Report on sanitation, dispensaries, and jails in Rajputana for 1915, and on vaccination for the year 1915-1916 - 1915-1916
Year: 1915
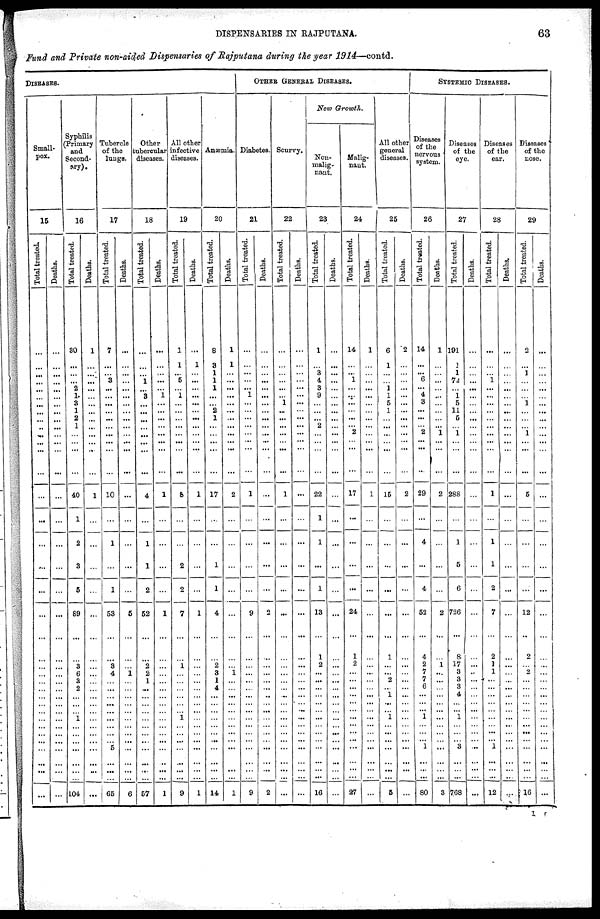
DISPENSARIES IN RAJPUTANA.
63
Fund and Private non-aided Dispensaries of Rajputana during the year 1914—contd.
DISEASES.
Small-
pox.
15
Total treated.
...
...
...
...
...
...
...
...
...
...
...
...
...
...
...
...
...
...
...
...
...
...
...
...
... ...
...
...
...
...
... ...
...
...
...
...
...
Deaths.
...
...
...
...
... ...
...
...
...
...
...
...
...
...
...
...
...
...
...
...
...
... ...
...
...
...
...
...
...
...
... ...
...
...
...
...
...
Syphilis
(Primary
and
Second-
ary).
16
Total treated.
30
...
...
...
2
1
3
1
2
1
...
...
...
40
1
2
3
5
89
...
...
3
6
3
2
...
...
...
1
...
... ...
...
...
...
...
104
Deaths.
1
...
...
...
...
...
...
...
...
...
...
...
...
1
...
...
...
...
...
...
...
...
...
...
... ...
... ...
...
...
... ...
...
...
...
...
...
Tubercle
of the
lungs.
17
Total treated.
7
...
...
3
...
...
...
...
...
...
...
...
...
10
...
1
...
1
53
...
...
3
4
...
...
...
...
...
...
...
... ...
5
...
...
...
65
Deaths.
...
...
...
... ...
...
...
...
...
...
...
...
...
...
...
...
...
...
5
...
...
... 1
...
...
...
...
...
...
...
... ...
...
...
...
...
6
Other
tubercular
diseases.
18
Total treated.
...
...
...
1
...
3
...
...
... ...
...
...
...
4
...
1
1
2
52
...
...
2
2
1
...
...
...
...
...
...
... ...
...
...
...
...
57
Deaths.
...
...
... ...
...
1
...
...
...
...
...
...
...
1
...
...
...
...
1
...
...
...
... ...
...
...
...
...
...
...
... ...
...
...
...
...
1
All other
infective
diseases.
19
Total treated.
1
1
... 5
...
1
...
...
... ...
...
...
8
...
...
2
2
7
...
...
1
...
...
...
...
...
... 1
...
... ...
...
...
...
...
9
Deaths.
...
1
... ...
...
...
...
...
...
...
...
...
...
1
...
...
...
...
1
...
...
...
...
...
...
...
... ...
...
...
... ...
...
...
...
...
1
Anæmia.
20
Total treated.
8
3
1
1
1
...
...
2
1
...
...
...
...
17
...
...
1
1
4
...
...
2
3
1
4
...
...
... ...
...
... ...
...
...
...
...
14
Deaths.
1
1
... ...
...
...
...
...
...
...
...
...
...
2
...
...
...
...
...
...
...
...
1
... ...
...
...
...
...
...
... ...
...
...
...
...
l
OTHER GENERAL DISEASES.
Diabetes.
21
Total treated.
...
...
...
...
...
1
...
...
... ...
...
... ...
1
...
...
...
...
9
...
...
...
...
...
... ...
...
...
...
...
... ...
...
...
...
...
9
Deaths.
...
...
...
...
...
...
...
...
...
...
...
... ...
...
...
...
...
...
2
...
...
...
...
...
...
...
...
...
...
...
... ...
...
...
...
...
2
Scurvy.
22
Total treated.
...
...
...
...
...
...
1
...
...
...
...
... ...
1
...
...
...
...
...
...
...
... ...
...
...
...
... ...
...
...
... ...
...
...
...
...
...
Deaths.
...
...
... ...
...
...
...
... ...
...
...
... ...
...
...
...
...
...
...
...
...
...
...
... ...
...
...
...
...
...
... ...
...
...
...
...
...
New Growth.
Non-
malig-
nant.
23
Total treated.
1
...
3
4
3
9
...
...
...
2
...
...
...
22
1
1
...
1
13
...
1
2
...
...
...
...
...
... ...
...
... ...
...
...
...
16
Deaths.
...
...
...
...
...
...
...
...
...
...
...
... ...
...
...
...
...
...
...
...
...
...
... ...
...
...
...
... ...
...
... ...
...
...
...
...
...
Malig-
nant.
24
Total treated.
14
...
...
1
...
...
...
...
...
...
2
... ...
17
...
...
...
...
24
...
1
2
...
...
...
...
...
... ...
...
... ...
...
...
...
...
27
Deaths.
1
...
... ...
... ...
...
... ...
...
...
... ...
1
...
...
...
...
...
...
...
...
...
...
... ...
...
...
...
...
... ...
...
...
...
...
...
All other
general
diseases.
25
Total treated.
6
1
...
... 1
1
5
1
...
...
...
... ...
15
...
...
...
...
...
...
1
...
...
2
...
1
...
...
1
...
... ...
...
...
...
...
5
Deaths.
2
...
...
... ...
...
...
...
...
...
...
... ...
2
...
...
...
...
...
...
...
...
... ...
...
...
...
...
...
...
... ...
...
...
...
...
...
SYSTEMIC DISEASES.
Diseases
of the
nervous
system.
26
Total treated.
14
...
...
6
...
4
3
...
...
...
2
... ...
29
...
4
...
4
52
...
4
2
7
7
6
...
...
...
1
...
... ...
...
...
...
...
80
Deaths.
1
...
...
...
...
...
...
...
...
... 1
...
...
2
...
...
...
...
2
...
...
1
...
...
... ...
...
...
...
...
... ...
...
...
...
...
3
Diseases
of the
eye.
27
Total treated.
191
1
1
72
...
1
5
11
5
... 1
...
...
288
...
1
5
6
726
...
8
17
3
3
3
4
... ...
1
...
... ...
3
...
...
...
768
Deaths.
...
...
...
...
...
...
...
... ...
... ...
... ...
...
...
...
...
...
...
...
...
...
...
...
...
...
... ...
...
...
... ...
...
...
...
...
...
Diseases
of the
ear.
28
Total treated.
...
...
...
1
...
... ...
...
...
...
...
... ...
1
...
1
1
2
7
...
2
1
1
...
...
...
...
... ...
...
... ...
1
...
...
...
12
Deaths.
...
...
...
...
...
...
...
...
...
...
...
...
...
...
...
...
...
...
...
...
...
...
...
... ...
...
...
...
...
...
... ...
...
...
...
...
...
Diseases
of the
nose.
29
Total treated.
2
...
1
...
...
...
1
...
...
...
1
... ...
5
...
...
...
...
12
...
2
... 2
...
...
...
...
...
...
...
...
...
...
...
...
...
16
Deaths.
...
...
...
...
...
...
...
...
...
...
...
... ...
...
...
...
...
...
...
...
...
...
... ...
...
...
...
...
...
...
... ...
...
...
...
...
...
I